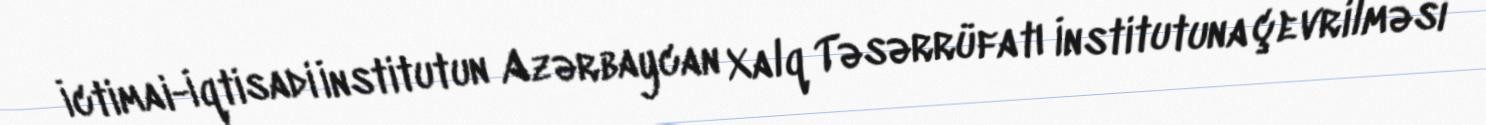
İctimai-İqtisadi İnstitutun Azərbaycan Xalq Təsərrüfatı İnstitutuna çevrilməsi